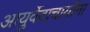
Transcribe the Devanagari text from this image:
आयुर्वेदाचार्यांना